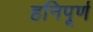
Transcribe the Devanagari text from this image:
हनिपूर्ण